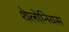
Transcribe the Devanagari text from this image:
थेलोनियस